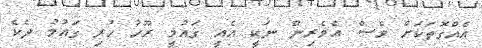
އެއްގޮތަކަށް ވެސް އެވެރިން ނަކީ އެއީ ގައުމީ ރޫހު ހުރި ގައުމު ދެކެ